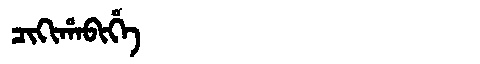
Manchu: ᠴᡳᡴᡳᡥᠠᠪᡳᡥᡝ
Romanization: CIKIHABIHE